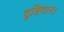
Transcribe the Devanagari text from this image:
दृष्टिदान।